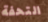
التحفة